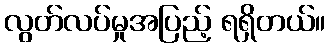
လွတ်လပ်မှုအပြည့် ရရှိတယ်။